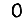
Digit: 0